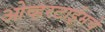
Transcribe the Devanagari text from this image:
ओव्हरटाईमचे